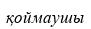
қоймаушы